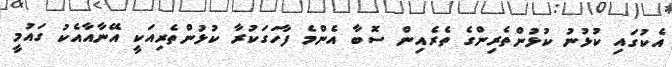
އެކުގައި ކުޅުނު ކުޅުންތެރިންގެ ތެރެއިން ސޮބާ އެންމެ ފާހަގަކުރާ ކުޅުންތެރިއަކީ އޭނާއާއެކު ގައުމީ